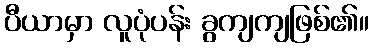
ပီယာမှာ လူပုံပန်း ခွကျကျဖြစ်၏။